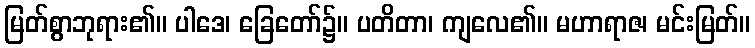
မြတ်စွာဘုရား၏။ ပါဒေ၊ ခြေတော်၌။ ပတိတာ၊ ကျလေ၏။ မဟာရာဇ၊ မင်းမြတ်။